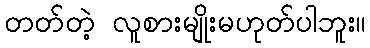
တတ်တဲ့ လူစားမျိုးမဟုတ်ပါဘူး။